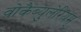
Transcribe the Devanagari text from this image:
वोकैब्युलेरियम्